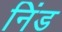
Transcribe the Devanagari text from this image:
निंड